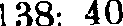
138: 40